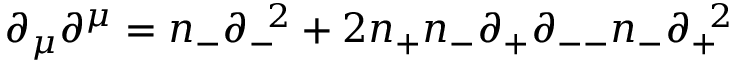
{ \partial } _ { \mu } { \partial } ^ { \mu } = n _ { - } { \partial } _ { - } ^ { \; \; 2 } + 2 n _ { + } n _ { - } { \partial } _ { + } { \partial } _ { -- } n _ { - } { \partial } _ { + } ^ { \; \; 2 }